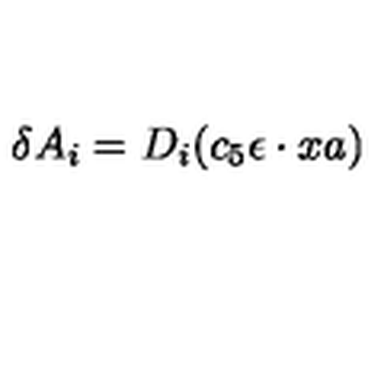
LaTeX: \delta A _ { i } = D _ { i } ( c _ { 5 } \epsilon \cdot x a )